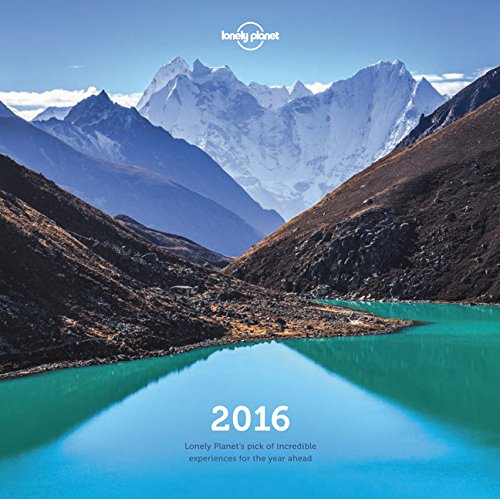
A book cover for Lonely Planet Wall Calendar 2016; Lonely Planet; Travel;